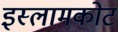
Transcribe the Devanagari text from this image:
इस्लामकोट